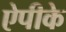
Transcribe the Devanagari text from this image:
ऐपीके